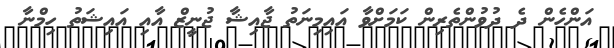
އަންހެން ދެ ދުވުންތެރިން ކަމަށްވާ އައިމިނަތު ޖާއިޝާ ޖުނީޒް އާއި އައިޝަތު ހިމްނާ